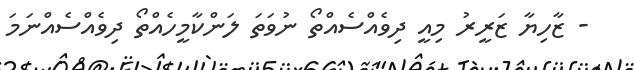
- ޒާހިޔާ ޒަރީރު މިއީ ދިވެއްސެއްތޯ ނުވަތަ ލަންކާމީހެއްތޯ ދިވެއްސެއްނަމަ